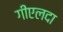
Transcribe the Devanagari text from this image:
गीएलदा